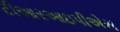
ટીઆરઆઇપીએસ